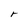
Character: r